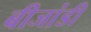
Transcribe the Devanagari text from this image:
बीजांडी